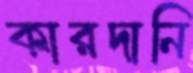
কারদানি